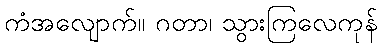
ကံအလျောက်။ ဂတာ၊ သွားကြလေကုန်